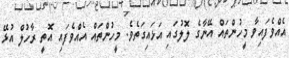
އެއްވެފައިވާ މީހުންތައް އޭނާގެ ލޮލުގައި އަޅައިގަތެވެ. މީހުންތައް އެއްވެފައި އޮތީ ރާހުލް އުޅޭ